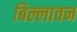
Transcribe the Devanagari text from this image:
बिल्लावन